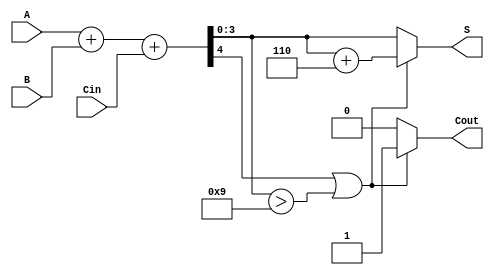
module BCD_Adder (
    input  wire [3:0] A,     // First BCD digit
    input  wire [3:0] B,     // Second BCD digit
    input  wire Cin,         // Carry-in
    output reg  [3:0] S,     // BCD result
    output reg  Cout         // Carry-out
);

    wire [4:0] Sum;          // 5-bit sum to accommodate overflow
    wire correction_needed;   // Indicates if correction is needed

    // Step 1: Perform binary addition
    assign Sum = A + B + Cin;

    // Step 2: Check if correction is needed
    assign correction_needed = (Sum[4] || Sum[3:0] > 4'b1001);

    // Step 3: Perform correction if needed
    always @(*) begin
        if (correction_needed) begin
            S = Sum + 4'b0110; // Add 6 for correction
            Cout = 1'b1;       // Set carry-out
        end else begin
            S = Sum[3:0];      // No correction needed
            Cout = 1'b0;       // No carry-out
        end
    end

endmodule